Indian journal of veterinary science and animal husbandry - Volume 11,
Year: 1941
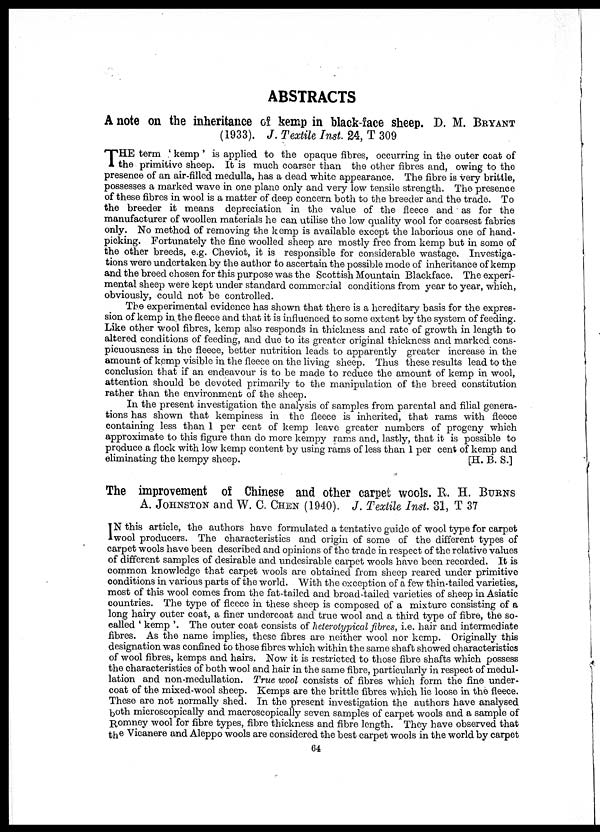
ABSTRACTS
A note on the inheritance of kemp in black-face sheep. D. M. BRYANT
(1933). J. Textile Inst. 24, T 309
T HE term ' kemp ' is applied to the opaque fibres, occurring in the outer coat of
the primitive sheep. It is much coarser than the other fibres and, owing to the
presence of an air-filled medulla, has a dead white appearance. The fibre is very brittle,
possesses a marked wave in one plane only and very low tensile strength. The presence
of these fibres in wool is a matter of deep concern both to the breeder and the trade. To
the breeder it means depreciation in the value of the fleece and as for the
manufacturer of woollen materials he can utilise the low quality wool for coarsest fabrics
only. No method of removing the kemp is available except the laborious one of hand-
picking. Fortunately the fine woolled sheep are mostly free from kemp but in some of
the other breeds, e. g. Cheviot, it is responsible for considerable wastage. Investiga-
tions were undertaken by the author to ascertain the possible mode of inheritance of kemp
and the breed chosen for this purpose was the Scottish Mountain Blackface. The experi-
mental sheep were kept under standard commercial conditions from year to year, which,
obviously, could not be controlled.
The experimental evidence has shown that there is a hereditary basis for the expres-
sion of kemp in the fleece and that it is influenced to some extent by the system of feeding.
Like other wool fibres, kemp also responds in thickness and rate of growth in length to
altered conditions of feeding, and due to its greater original thickness and marked cons¬
picuousness in the fleece, better nutrition leads to apparently greater increase in the
amount of kemp visible in the fleece on the living sheep. Thus these results lead to the
conclusion that if an endeavour is to be made to reduce the amount of kemp in wool,
attention should be devoted primarily to the manipulation of the breed constitution
rather than the environment of the sheep.
In the present investigation the analysis of samples from parental and filial genera-
tions has shown that kempiness in the fleece is inherited, that rams with fleece
containing less than 1 per cent of kemp leave greater numbers of progeny which
approximate to this figure than do more kempy rams and, lastly, that it is possible to
produce a flock with low kemp content by using rams of less than 1 per cent of kemp and
eliminating the kempy sheep.
[H. B. S. ]
The improvement of Chinese and other carpet wools. R. H. BURNS
A. JOHNSTON and W. C. CHEN (1940). J. Textile Inst. 31, T 37
I N this article, the authors have formulated a tentative guide of wool type for carpet
wool producers. The characteristics and origin of some of the different types of
carpet wools have been described and opinions of the trade in respect of the relative values
of different samples of desirable and undesirable carpet wools have been recorded. It is
common knowledge that carpet wools are obtained from sheep reared under primitive
conditions in various parts of the world. With the exception of a few thin-tailed varieties,
most of this wool comes from the fat-tailed and broad-tailed varieties of sheep in Asiatic
countries. The type of fleece in these sheep is composed of a mixture consisting of a
long hairy outer coat, a finer undercoat and true wool and a third type of fibre, the so-
called ' kemp '. The outer coat consists of heterotypical fibres, i. e. hair and intermediate
fibres. As the name implies, these fibres are neither wool nor kemp. Originally this
designation was confined to those fibres which within the same shaft showed characteristics
of wool fibres, kemps and hairs. Now it is restricted to those fibre shafts which possess
the characteristics of both wool and hair in the same fibre, particularly in respect of medul¬
lation and non-medullation. True wool consists of fibres which form the fine under-
coat of the mixed-wool sheep. Kemps are the brittle fibres which lie loose in the fleece.
These are not normally shed. In the present investigation the authors have analysed
both microscopically and macroscopically seven samples of carpet wools and a sample of
Romney wool for fibre types, fibre thickness and fibre length. They have observed that
the Vicanere and Aleppo wools are considered the best carpet wools in the world by carpet
64